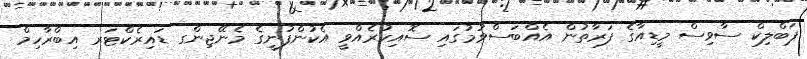
ޕަބްލިކް ސާވިސް މީޑިއާގެ ފަރާތުން އެއްބަސްވުމުގައި ސޮއިކުރެއްވީ އެކުންފުނީގެ މެނޭޖިންގ ޑައިރެކްޓަރ އިބްރާހިމް